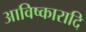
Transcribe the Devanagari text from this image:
आविष्कारादि